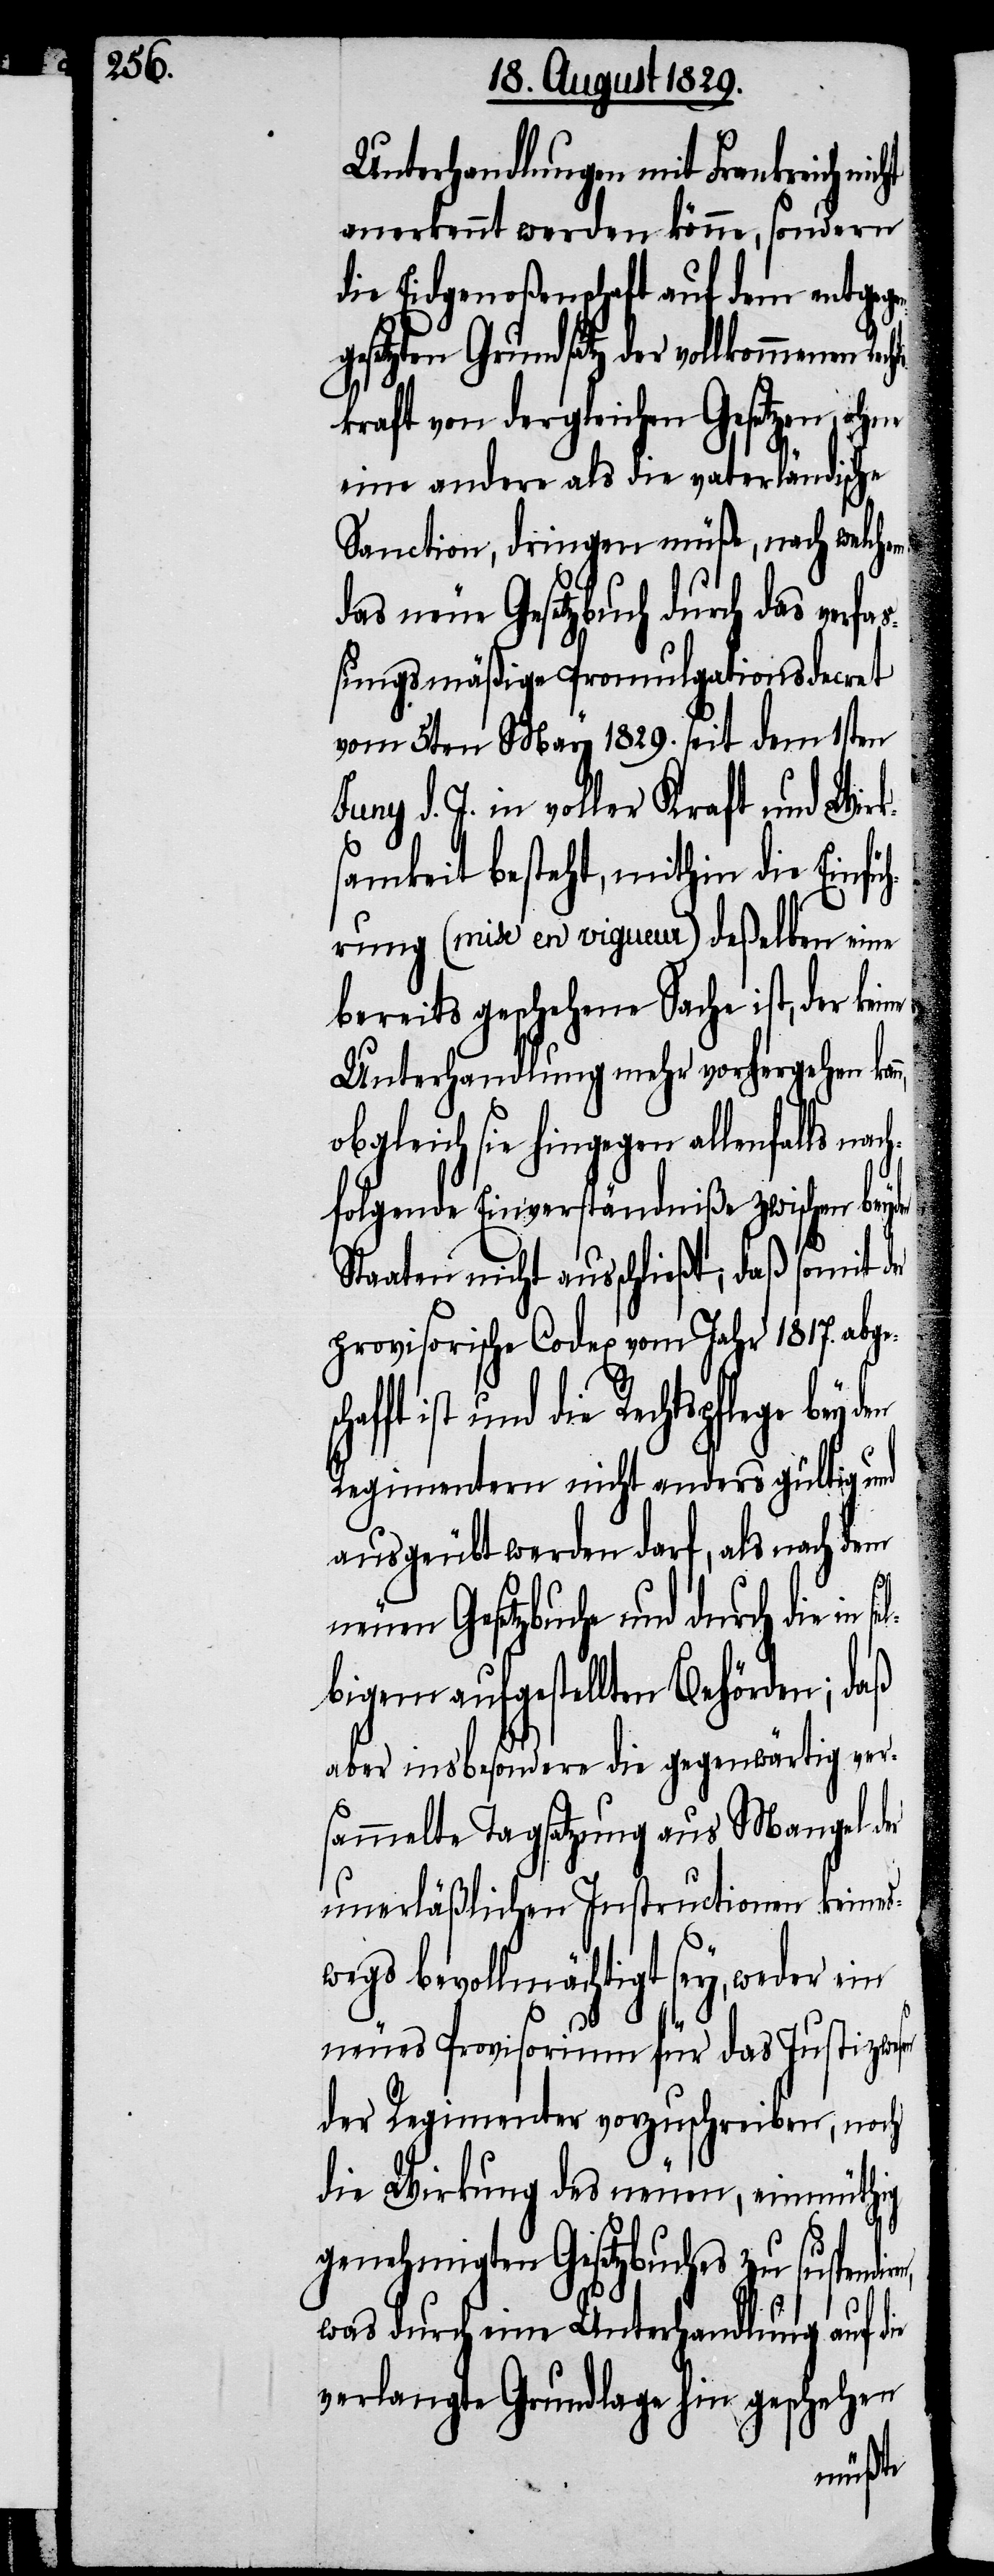
Unterhandlungen mit Frankreich
anerkennt werden könne, sondern
die Eidgenoßenschaft auf dem entgeg¬
gesetzten Grundsatz der vollkommenen
chaf¬
kraft von dergleichen Gesetzen, ohne
eine andere als die vaterländische
Sanction, dringen müße, nach welchem
das neue Gesetzbuch durch das ver¬
ßungsmäßige Promulgationsdecret
vom 5ten May 1829. seit dem 1sten
Juny d. J. in voller Kraft und Wirk¬
samkeit besteht, mithin die Einfü¬
hrung (mise en vigueur) deßelben eine
bereits geschehene Sache ist, der kei¬
Unterhandlungen mehr vorhergehen kan¬
obgleich sie hingegen allenfalls n¬
achfolgende Einverständniße zwischen beyden
Staaten nicht ausschließt; daß somit
provisorische Codex vom Jahr 1817. abges¬
ft ist und die Rechtspflege bey
Regimentern nicht anders gültig und
ausgeübt werden darf, als nach dem
fa¬
neuen Gesetzbuche und durch die
lbigem aufgestellten Behörden; daß
aber insbesondere die gegenwärtige ver¬
sammelte Tagsatzung aus Mangel der
unerläßlichen Instructionen keines¬
wegs bevollmächtigt sey, weder ein
neues Provisorium für das Justizwesen
der Regimenter vorzuschreiben, noch
die Wirkung des neuen, einmüthig
genehmigten Gesetzbuches zu suspendi¬
was durch eine Unterhandlung auf die
verlangte Grundlage hin geschehen
im se¬

ren,